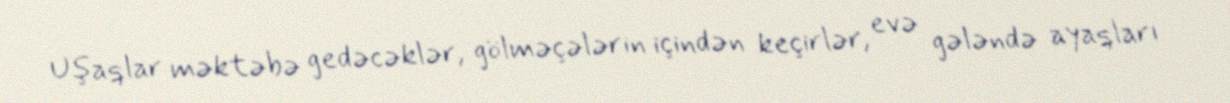
Uşaqlar məktəbə gedəcəklər, gölməçələrin içindən keçirlər, evə gələndə ayaqları